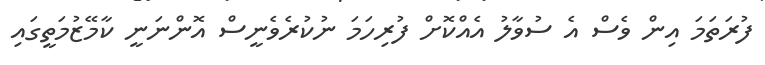
ފުރަތަމަ އިން ވެސް އެ ސުވާލު އެއްކޮށް ފުރިހަމަ ނުކުރެވެނީސް އޮންނަނީ ކާމޭޒުމަތީގައި